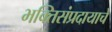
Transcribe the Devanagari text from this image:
भक्तिसंप्रदायाचे